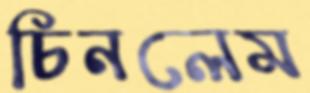
চিনলেম